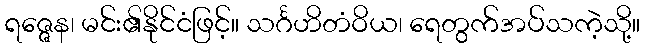
ရဇ္ဇေန၊ မင်း၏နိုင်ငံဖြင့်။ သင်္ဂဟိတံဝိယ၊ ရေတွက်အပ်သကဲ့သို့။